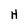
Character: H